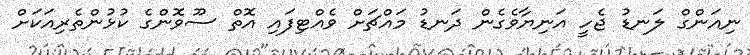
ނިއަންގް ލަނޑު ޖެހީ އަނިޔާވެގެން ދަނޑު މައްޗަށް ވެއްޓިފައި އޮތް ސޫވޮންގެ ކުޅުންތެރިއަކަށް